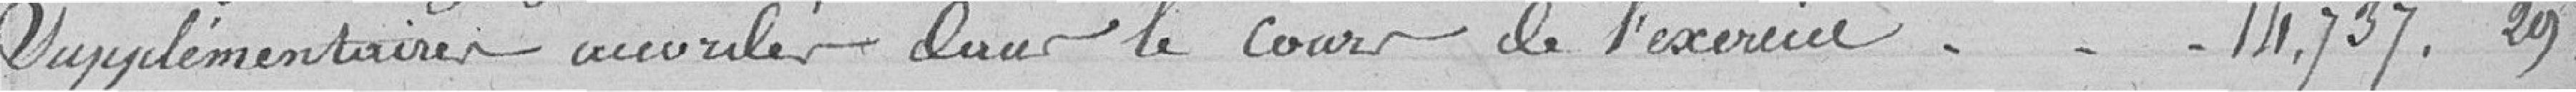
supplémentaires accordés dans le cours de l'exercice . . . 14,737,29,